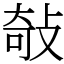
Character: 敧